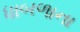
ધાબળાના